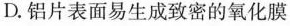
D.铝片表面易生成致密的氧化膜